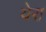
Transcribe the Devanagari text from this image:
येरा